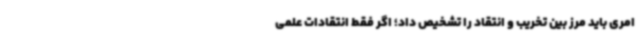
امری باید مرز بین تخریب و انتقاد را تشخیص داد؛ اگر فقط انتقادات علمی